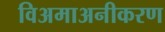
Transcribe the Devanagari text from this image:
विअमाअनीकरण